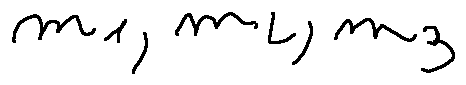
m _ { 1 } , m _ { 2 } , m _ { 3 }